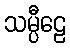
သမ္ပီဠေ